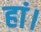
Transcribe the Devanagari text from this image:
हां।